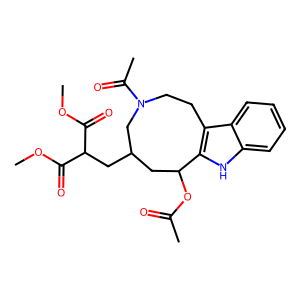
SMILES: COC(=O)C(CC1CC(OC(C)=O)c2[nH]c3ccccc3c2CCN(C(C)=O)C1)C(=O)OC
Inhibits HIV replication: No